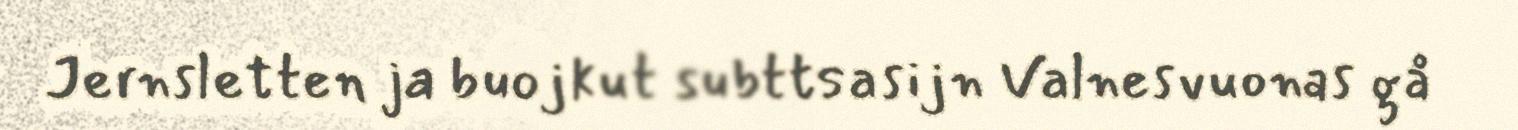
Jernsletten ja buojkut subttsasijn Valnesvuonas gå